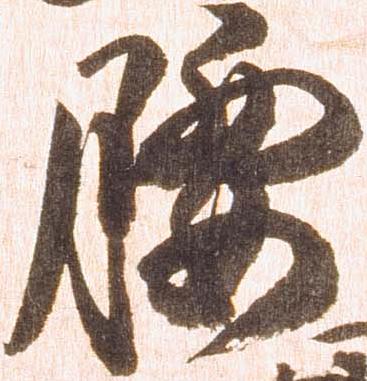
腰